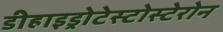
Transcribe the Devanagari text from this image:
डीहाइड्रोटेस्टोस्टेरोन